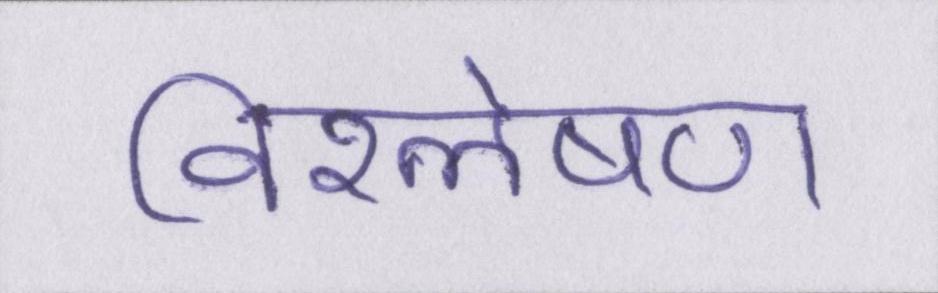
विश्लेषण